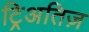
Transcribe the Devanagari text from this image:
ट्रिअतिज़